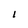
Character: l